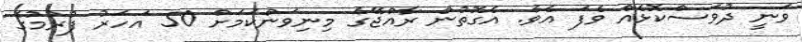
ވަނީ ދުވަސްކޮޅެއް ވެފަ އެވެ. އެގޮތުން ރާއްޖޭގެ މިނިވަންކަމަށް 50 އަހަރު ފުރުމުގެ